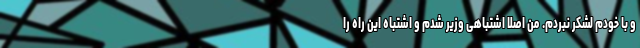
و با خودم لشکر نبردم. من اصلا اشتباهی وزیر شدم و اشتباه این راه را